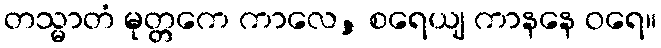
တသ္မာတံ မုတ္တကေ ကာလေ, စရေယျ ကာနနေ ဝရေ။